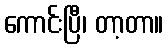
ကောင်းပြီ၊ တာ့တာ။